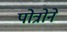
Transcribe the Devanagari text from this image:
पोत्रोने